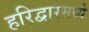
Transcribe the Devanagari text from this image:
हरिद्वारमध्ये